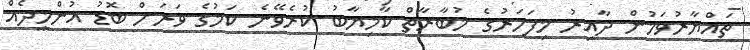
ތައްޔާރުވަމުން ދާއިރު މިފަހަރުގެ މުބާރާތް ކާމިޔާބު ކުރެވޭނެ ކަމުގެ ވަރަށް ބޮޑު އުންމީދެއް